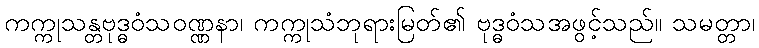
ကက္ကုသန္တဗုဒ္ဓဝံသဝဏ္ဏနာ၊ ကက္ကုသံဘုရားမြတ်၏ ဗုဒ္ဓဝံသအဖွင့်သည်။ သမတ္တာ၊